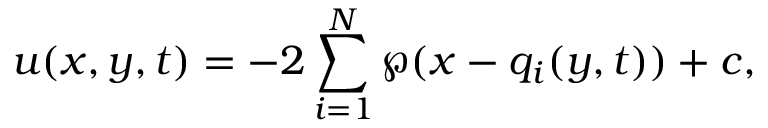
u ( x , y , t ) = - 2 \sum _ { i = 1 } ^ { N } \wp ( x - q _ { i } ( y , t ) ) + c ,